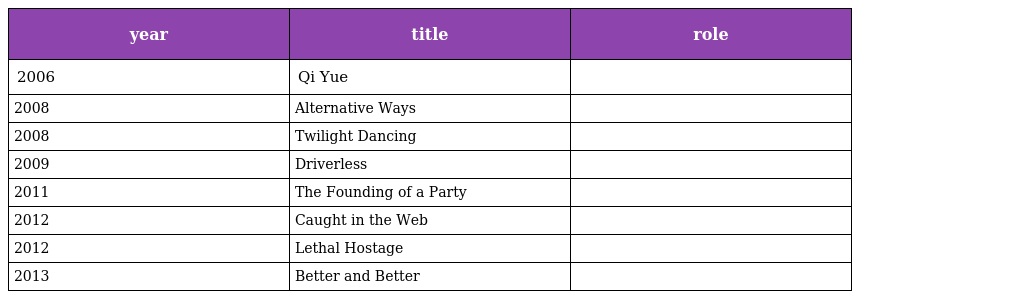
| year | title | role |
 | --- | --- | --- |
 | 2006 | Qi Yue | 青青 |
 | 2008 | Alternative Ways | 小新 |
 | 2008 | Twilight Dancing | 美美美美 |
 | 2009 | Driverless | 李欣 |
 | 2011 | The Founding of a Party | 张若名 |
 | 2012 | Caught in the Web | 杨佳琪 |
 | 2012 | Lethal Hostage | 小安 |
 | 2013 | Better and Better | 周一楠 |